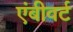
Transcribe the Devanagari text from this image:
एंबीवर्ट